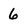
Character: 6